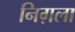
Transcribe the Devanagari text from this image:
निग़ला